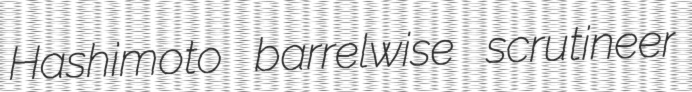
Hashimoto barrelwise scrutineer